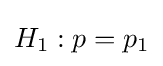
H_{1}:p=p_{1}